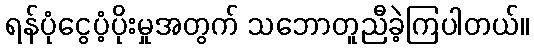
ရန်ပုံငွေပံ့ပိုးမှုအတွက် သဘောတူညီခဲ့ကြပါတယ်။